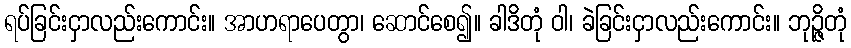
ရပ်ခြင်းငှာလည်းကောင်း။ အာဟရာပေတွာ၊ ဆောင်စေ၍။ ခါဒိတုံ ဝါ၊ ခဲခြင်းငှာလည်းကောင်း။ ဘုဉ္ဇိတုံ